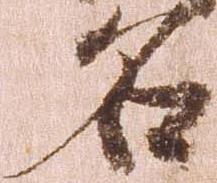
名